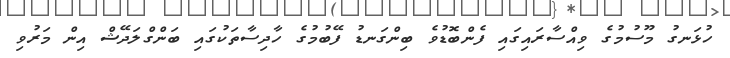
ހުޅަނގު މޫސުމުގެ ވިއްސާރައިގައި ފެންބޮޑުވެ ބިންގަނޑު ފޭބުމުގެ ހާދިސާތަކުގައި ބަންގްލަދޭޝް އިން މަރުވި